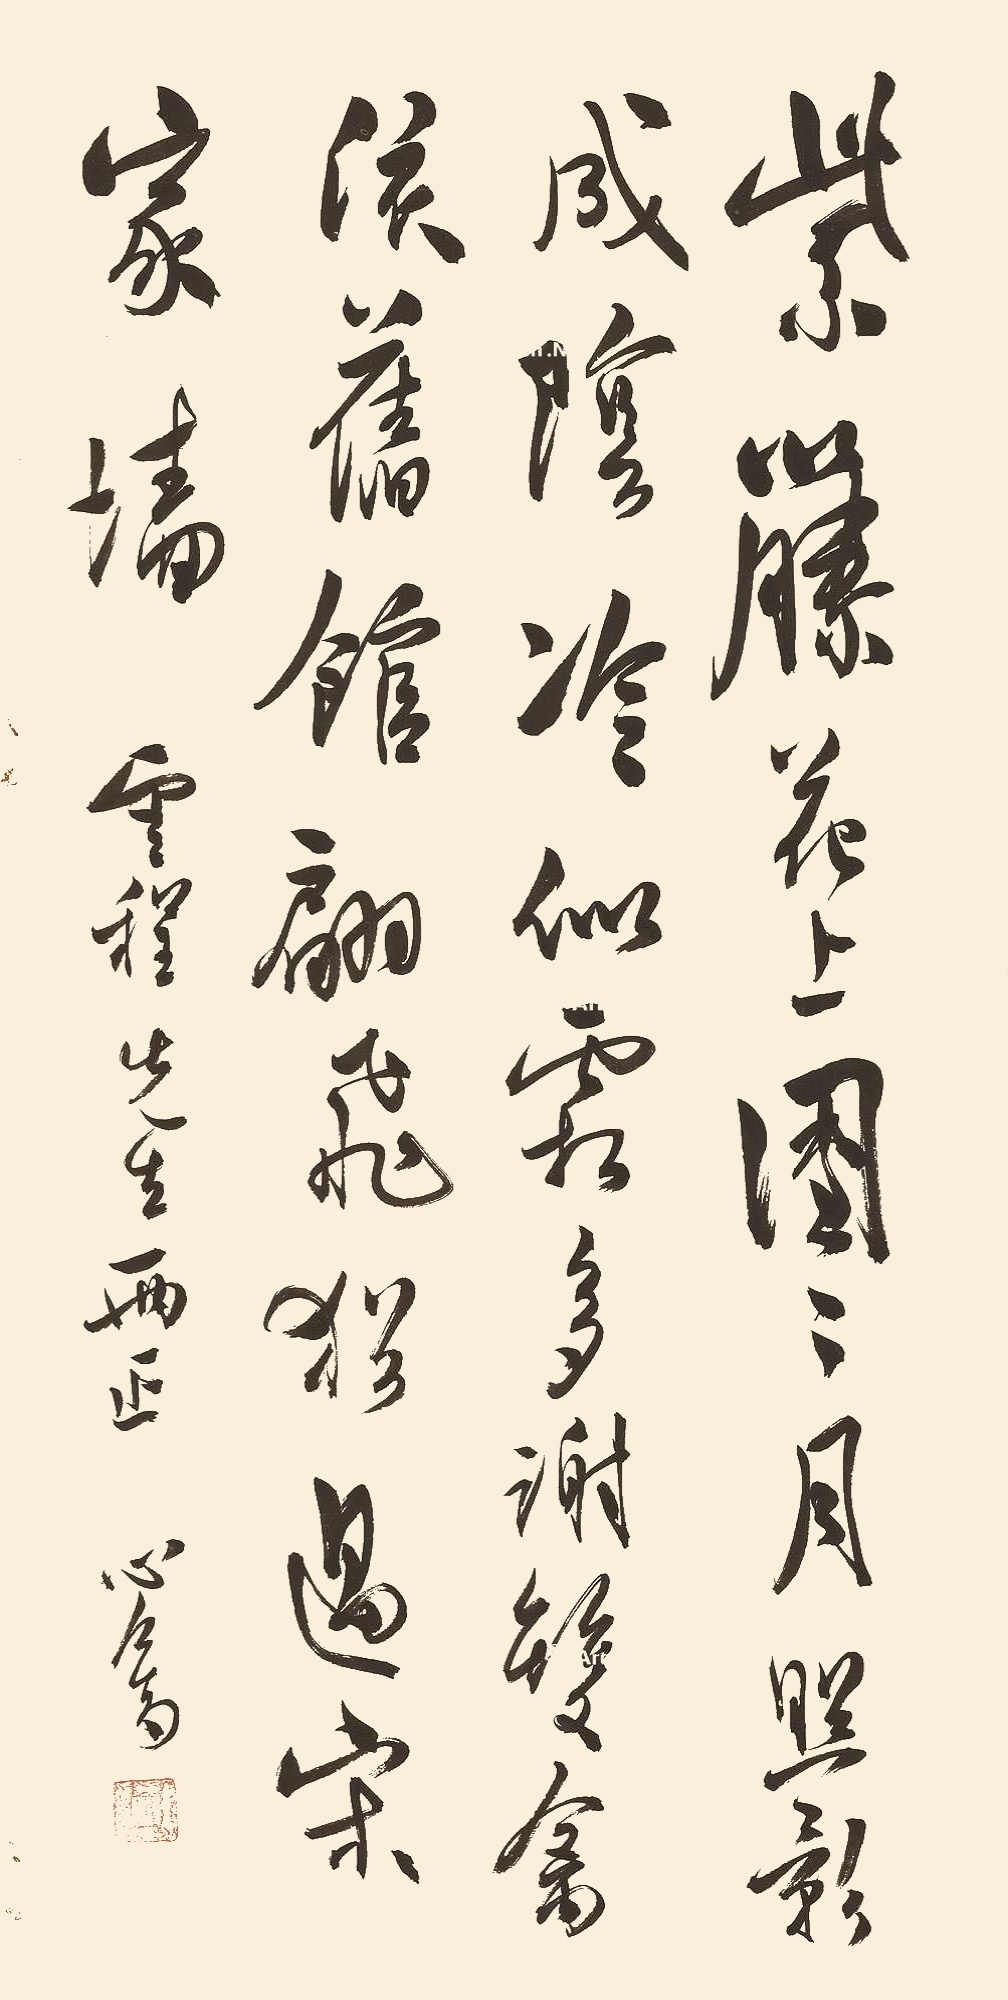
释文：紫藤花上团团月，照影成阴冷似霜。多谢双禽依旧馆，翩飞犹过宋家墙。云程先生两正，心畬。